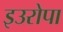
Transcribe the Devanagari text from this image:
इउरोपा